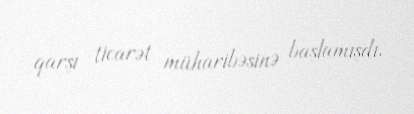
qarşı ticarət müharibəsinə başlamışdı.